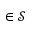
\in \mathcal { S }